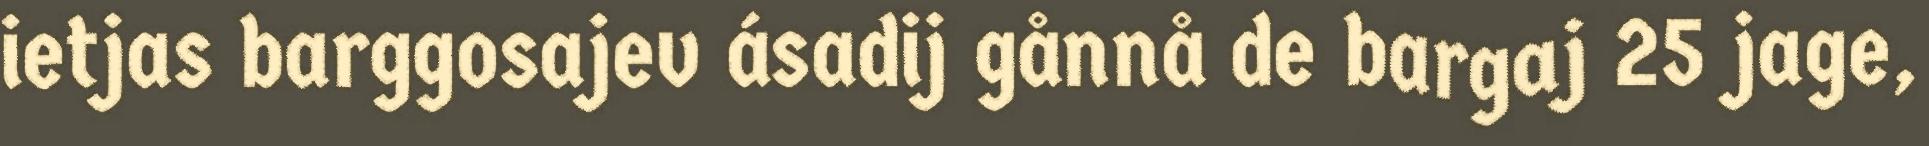
ietjas barggosajev ásadij gånnå de bargaj 25 jage,